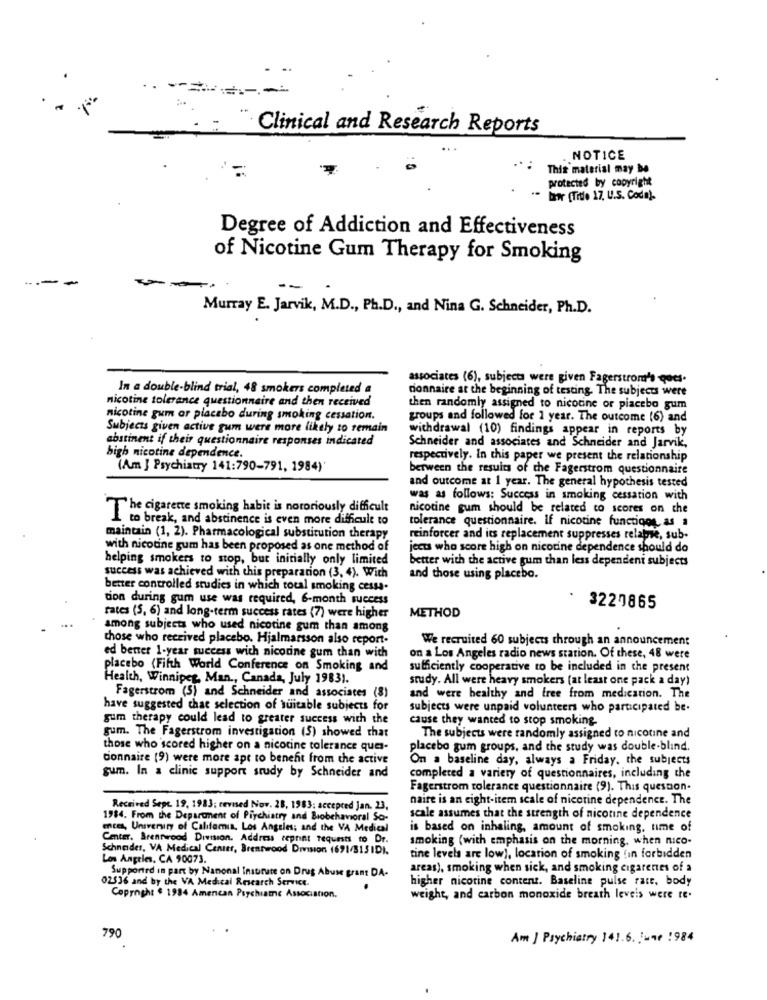
Clinical and Research Reports
. NOTICE
.. : This material may be
protected by copyright
lawr (Title 17, U.S. Coda).
Degree of Addiction and Effectiveness
of Nicotine Gum Therapy for Smoking
-
--
Murray E. Jarvik, M.D ., Ph.D ., and Nina G. Schneider, Ph.D.
associates (6), subject were given Fagerstrom's -goes.
In a double-blind trial, 48 smokers completed a
donnaire at the beginning of testing. The subjects were
nicotine tolerance questionnaire and then received
then randomly assigned to nicotine or piacebo gum
nicotine gum or placebo during smoking cessation.
groups and followed for 1 year. The outcome (6) and
Subjects given active gum were more likely to remain
withdrawal (10) findings appear in reports by
abstinent if their questionnaire responses indicated
Schneider and associates and Schneider and Jarvik,
high nicotine dependence.
respectively. In this paper we present the relationship
(Am ] Psychiatry 141:790-791, 1984)'
between the results of the Fagerstrom questionnaire
and outcome at 1 year. The general hypothesis tested
was as follows: Success in smoking cessation with
The cigarette smoking habit is notoriously difficult
nicotine gum should be related to scores on the
I to break, and abstinence is even more difficult to
tolerance questionnaire. If nicotine functiqog as a
maintain (1, 2). Pharmacological substitution therapy
reinforcer and its replacement suppresses relapse, sub-
with nicotine gum has been proposed as one method of
jects who score high on nicotine dependence should do
helping smokers to stop, but initially only limited
better with the active gum than less dependent subjects
success was achieved with this preparation (3, 4). With
and those using placebo.
better controlled studies in which total smoking cessa-
tion during gum use was required, 6-month success
3220865
rates (5, 6) and long-term success rates (7) were higher
METHOD
among subjects who used nicotine gum than among
those who received placebo. Hjalmarsson also report-
We recruited 60 subjects through an announcement
ed bener 1-year success with nicotine gum than with
on a Los Angeles radio news station. Of these, 48 were
placebo (Fifth World Conference on Smoking and
sufficiently cooperative to be included in the present
Health, Winnipeg, Man ., Canada, July 19831.
study. All were heavy smokers (at least one pack a day)
Fagerstrom (5) and Schneider and associates (
and were healthy and free from medication. The
have suggested that selection of suitable subjects for
subjects were unpaid volunteers who participated be.
gum therapy could lead to greater success with the
cause they wanted to stop smoking
gum. The Fagerstrom investigation (5) showed that
The subjects were randomly assigned to nicotine and
those who scored higher on a nicotine tolerance que-
placebo gum groups, and the study was double-blind.
connaire (9) were more apt to benefit from the active
On a baseline day, always a Friday. the subjects
gum. In a clinic support study by Schneider and
completed a variety of questionnaires, including the
Fagerstrom tolerance questionnaire (9). This question-
naire is an eight-item scale of nicotine dependence. The
Received Sepe. 19, 1983: revised Nov. 28, 1983: accepred Jan. 23,
1984. From the Department of Piychiatry and Biobehavioral So-
scale assumes that the strength of nicotine dependence
ences, University of California, Los Angeles; and the VA Medical
is based on inhaling, amount of smoking, time of
Center, Brentwood Division. Address reprint requests to Dr.
smoking (with emphasis on the morning, when nico-
Schneider, VA Medical Center, Brentwood Division (691/3131DI.
Los Angeles, CA 90073.
tine levels are low), location of smoking fin forbidden
Supported in part by Nanonal Institute on Drug Abuse grant DA-
areas), smoking when sick, and smoking cigarenes of a
02536 and by the VA Medical Research Service.
higher nicotine content. Baseline pulse rate, body
Copyight $ 1984 Amencan Psychiatre Association.
weight, and carbon monoxide breath leveis were te.
790
Am J Psychiatry 141.6. 1-4e 1984